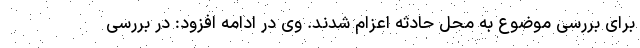
برای بررسی موضوع به محل حادثه اعزام شدند. وی در ادامه افزود: در بررسی